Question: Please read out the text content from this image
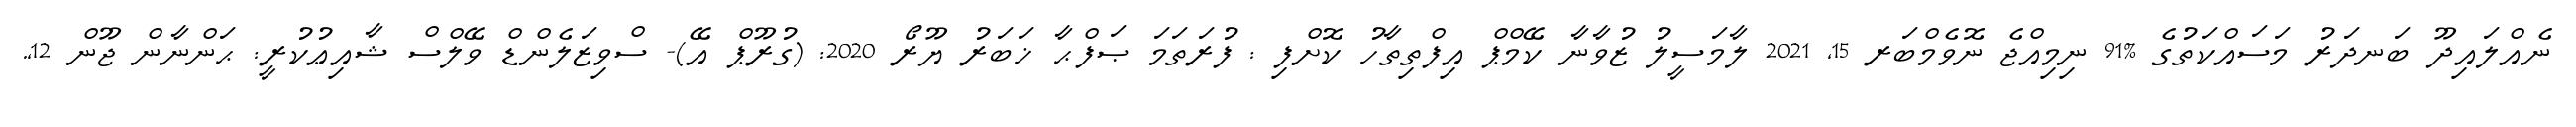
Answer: ނެއްލައިދޫ ބަނދަރު މަސައްކަތުގެ %91 ނިމިއްޖެ ނޮވެމްބަރ 15, 2021 ލާމަސީލު ޒުވާނާ ކޭމްޕް އިފްތިތާހު ކޮށްފި : ފުރަތަމަ ޞަފްޙާ ޚަބަރު ޔޫރޯ 2020: (ގުރޫޕް އޭ)- ސްވިޒަލެންޑް ވޭލްސް ޝާއިޢުކުރީ: ޙަންނާން ޖޫން 12,.